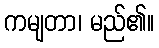
ကမျတာ၊ မည်၏။